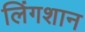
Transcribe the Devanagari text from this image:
लिंगशान